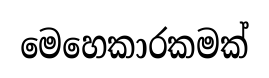
මෙහෙකාරකමක්